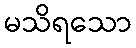
မသိရသော